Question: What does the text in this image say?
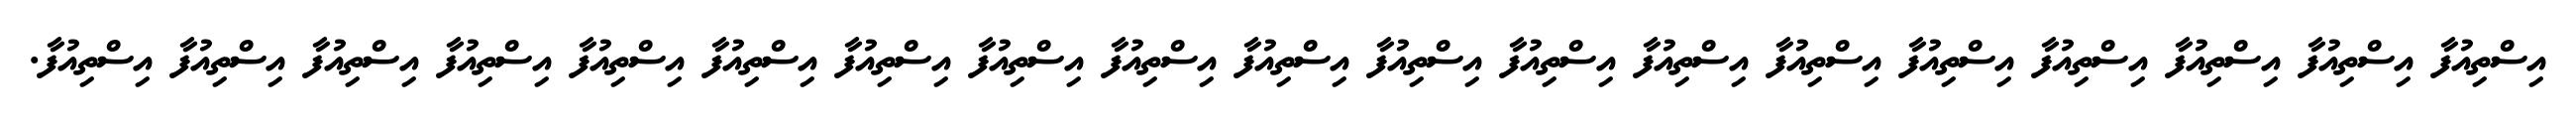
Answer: އިސްތިއުފާ އިސްތިއުފާ އިސްތިއުފާ އިސްތިއުފާ އިސްތިއުފާ އިސްތިއުފާ އިސްތިއުފާ އިސްތިއުފާ އިސްތިއުފާ އިސްތިއުފާ އިސްތިއުފާ އިސްތިއުފާ އިސްތިއުފާ އިސްތިއުފާ އިސްތިއުފާ އިސްތިއުފާ އިސްތިއުފާ އިސްތިއުފާ އިސްތިއުފާ.